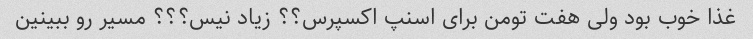
غذا خوب بود ولی هفت تومن برای اسنپ اکسپرس؟؟ زیاد نیس؟؟؟ مسیر رو ببینین